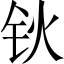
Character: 钬